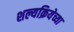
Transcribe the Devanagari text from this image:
शल्यक्रियेच्या